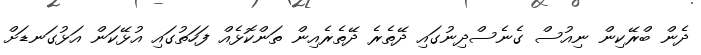
ދެން ބްރޭކިން ނިއުސް ގެނެސްދިނުގައި ދޭތެރެ ދޭތެރެއިން ތަންކޮޅެއް ފަހަތުގައި އުޅޭކަން އަޅުގަނޑަށް